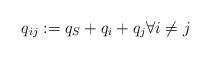
LaTeX: \begin{align*}q_{ij}:= q_S + q_i + q_j \forall i \neq j \end{align*}